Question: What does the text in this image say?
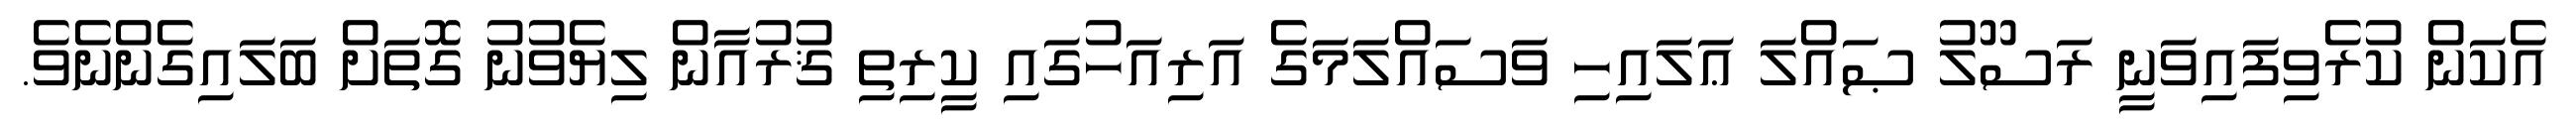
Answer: އެކަން ކުރެވިފައިވަނީ ރަސޫލު ޞައްލަ ޢަލައިހި ވަސައްލަމަގެ އަރިއަހުގައި ކީރިތި ޤުރުއާން ލިޔެވުނު ގޮތަށް ބަލައިގެންނެވެ.